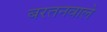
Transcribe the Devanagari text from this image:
बरतनवाले